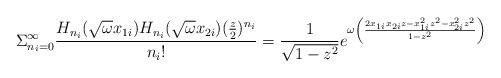
LaTeX: \begin{align*}\Sigma_{n_{i}=0}^{\infty} \frac{H_{n_{i}}(\sqrt{\omega}x_{1i})H_{n_{i}}(\sqrt{\omega}x_{2i}) (\frac{z}{2})^{n_{i}}}{n_{i}!}= \frac{1}{\sqrt{1-z^{2}}}e^{\omega\left(\frac{2x_{1i}x_{2i}z -x_{1i}^{2}z^{2}-x_{2i}^{2}z^{2}}{1-z^{2}}\right)}\end{align*}